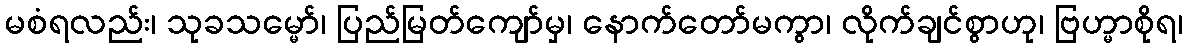
မစံရလည်း၊ သုခသမ္မော်၊ ပြည်မြတ်ကျော်မှ၊ နောက်တော်မကွာ၊ လိုက်ချင်စွာဟု၊ ဗြဟ္မာစိုရ၊